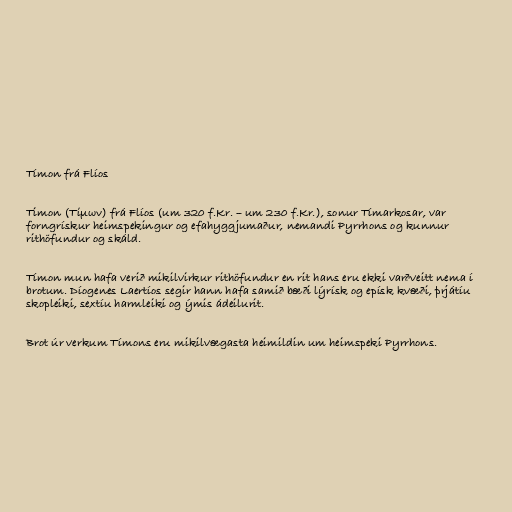
Tímon frá Flíos

Timon (Τίμων) frá Flíos (um 320 f.Kr. – um 230 f.Kr.), sonur Tímarkosar, var
forngrískur heimspekingur og efahyggjumaður, nemandi Pyrrhons og kunnur
rithöfundur og skáld.

Tímon mun hafa verið mikilvirkur rithöfundur en rit hans eru ekki varðveitt nema í
brotum. Díogenes Laertíos segir hann hafa samið bæði lýrísk og epísk kvæði, þrjátíu
skopleiki, sextíu harmleiki og ýmis ádeilurit.

Brot úr verkum Tímons eru mikilvægasta heimildin um heimspeki Pyrrhons.